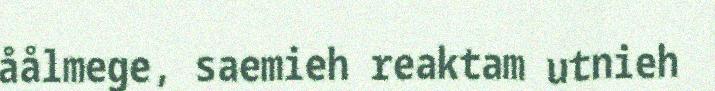
åålmege, saemieh reaktam utnieh